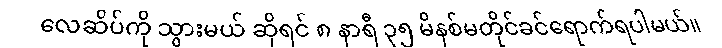
လေဆိပ်ကို သွားမယ် ဆိုရင် ၈ နာရီ ၃၅ မိနစ်မတိုင်ခင်ရောက်ရပါမယ်။